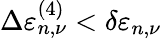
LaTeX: \Delta\varepsilon_{n,\nu}^{(4)}<\delta\varepsilon_{n,\nu}